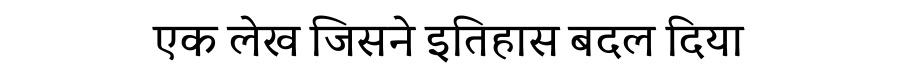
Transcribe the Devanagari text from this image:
एक लेख जिसने इतिहास बदल दिया